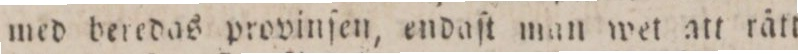
med beredas provinſen, endaſt man wet att rätt